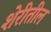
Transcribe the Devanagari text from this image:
शेरीतील